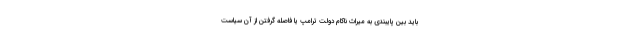
باید بین پایبندی به میراث ناکام دولت ترامپ یا فاصله گرفتن از آن سیاست